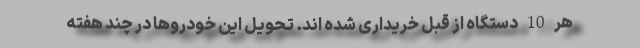
هر 10 دستگاه از قبل خریداری شده اند. تحویل این خودروها در چند هفته